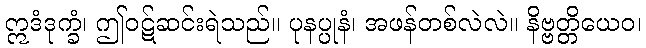
ဣဒံဒုက္ခံ၊ ဤဝဋ်ဆင်းရဲသည်။ ပုနပ္ပုနံ၊ အဖန်တစ်လဲလဲ။ နိဗ္ဗတ္တိယေဝ၊